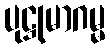
ပုဋ္ဌုမာဂမ္မ